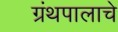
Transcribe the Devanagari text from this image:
ग्रंथपालाचे